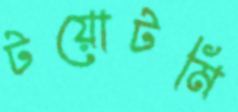
টয়োটমি